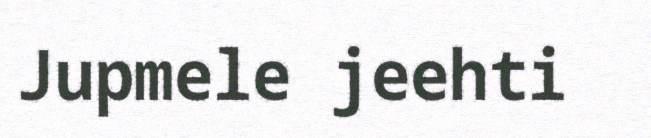
Jupmele jeehti